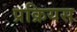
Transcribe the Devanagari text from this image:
प्रक्रियस